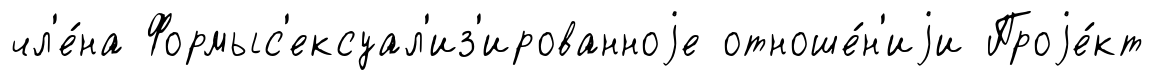
чл'е́на Формыс'ексуал'из'ированноjе отноше́н'иjи Проjе́кт